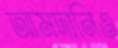
আমদানিও